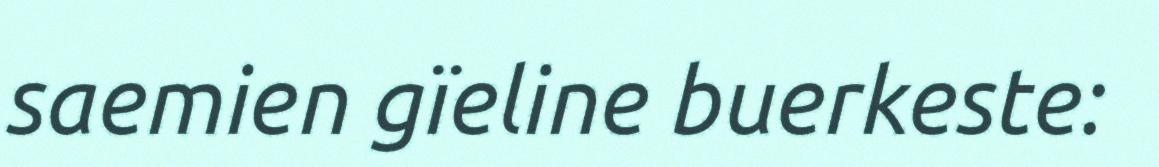
saemien gïeline buerkeste: